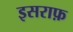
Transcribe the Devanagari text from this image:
इसराफ़